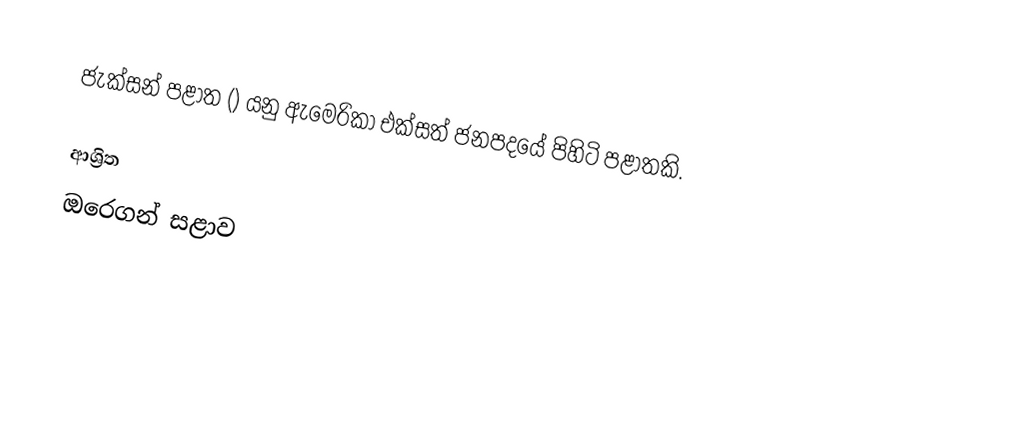
ජැක්සන් පළාත () යනු ඇමෙරිකා එක්සත් ජනපදයේ පිහිටි පළාතකි.

ආශ්‍රිත
 ඔරෙගන් සළාව